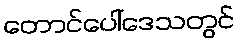
တောင်ပေါ်ဒေသတွင်